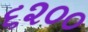
૬૨૦૦